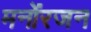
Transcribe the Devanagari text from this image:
मनोंरजन